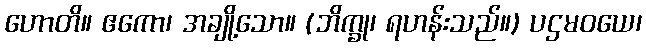
ဟောတိ။ ဧကော၊ အချို့သော။ (ဘိက္ခု၊ ရဟန်းသည်။) ပဌမဝယေ၊